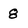
Character: 8